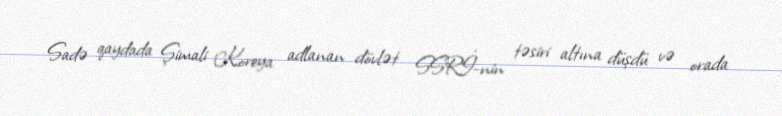
Sadə qaydada Şimali Koreya adlanan dövlət SSRİ-nin təsiri altına düşdü və orada